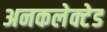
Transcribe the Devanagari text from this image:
अनकलेक्टेड